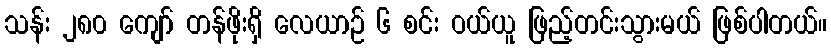
သန်း ၂၈၀ ကျော် တန်ဖိုးရှိ လေယာဉ် ၆ စင်း ဝယ်ယူ ဖြည့်တင်းသွားမယ် ဖြစ်ပါတယ်။